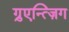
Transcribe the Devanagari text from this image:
ग़्रुएन्त्ज़िग